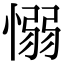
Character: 愵